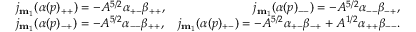
\begin{array} { r l r } { } & { j _ { \mathbf { m } _ { 1 } } ( \alpha ( p ) _ { + + } ) = - A ^ { 5 / 2 } \alpha _ { + - } \beta _ { + + } , } & { j _ { \mathbf { m } _ { 1 } } ( \alpha ( p ) _ { -- } ) = - A ^ { 5 / 2 } \alpha _ { -- } \beta _ { - + } , } \\ { } & { j _ { \mathbf { m } _ { 1 } } ( \alpha ( p ) _ { - + } ) = - A ^ { 5 / 2 } \alpha _ { -- } \beta _ { + + } , } & { j _ { \mathbf { m } _ { 1 } } ( \alpha ( p ) _ { + - } ) = - A ^ { 5 / 2 } \alpha _ { + - } \beta _ { - + } + A ^ { 1 / 2 } \alpha _ { + + } \beta _ { -- } . } \end{array}